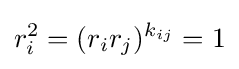
r_{i}^{2}=(r_{i}r_{j})^{k_{ij}}=1